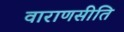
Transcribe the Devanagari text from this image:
वाराणसीति